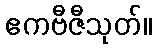
ဧကဗီဇီသုတ်။